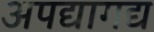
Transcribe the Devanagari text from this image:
अपद्यागद्य